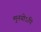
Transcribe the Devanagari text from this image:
मुनयोऽपि